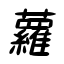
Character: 蘿